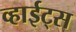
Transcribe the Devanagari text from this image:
व्हाईट्स